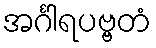
အင်္ဂါရပဗ္ဗတံ